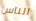
الناس